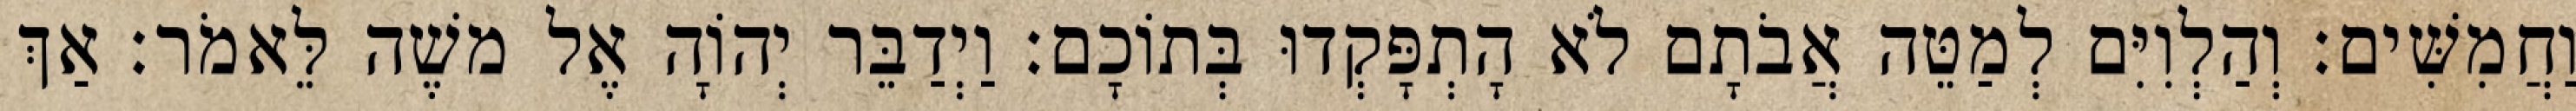
וַחֲמִשִּׁים׃ וְהַלְוִיִּם לְמַטֵּה אֲבֹתָם לֹא הָתְפָּקְדוּ בְּתוֹכָם׃ וַיְדַבֵּר יְהוָֹה אֶל משֶׁה לֵּאמֹר׃ אַךְ